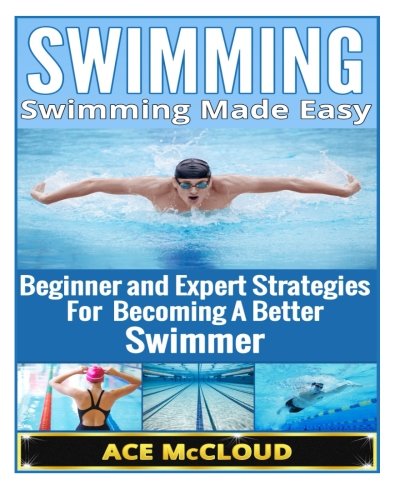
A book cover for Swimming: Swimming Made Easy- Beginner and Expert Strategies For Becoming A Better Swimmer (Swimming, Swimmers Guide, Swim Strokes, Swimming Better); Ace McCloud; Sports & Outdoors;